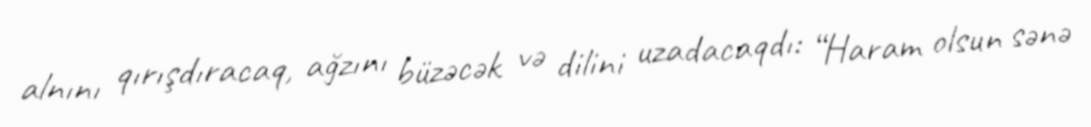
alnını qırışdıracaq, ağzını büzəcək və dilini uzadacaqdı: “Haram olsun sənə